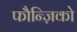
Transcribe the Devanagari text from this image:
फौन्ज़िको